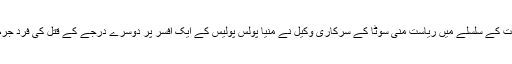
فلائیڈ کی ہلاکت کے سلسلے میں ریاست منی سوٹا کے سرکاری وکیل نے منیا پولس پولیس کے ایک افسر پر دوسرے درجے کے قتل کی فرد جرم عائد کی ہے۔